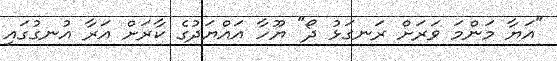
"އަޔާ މަންމަ ވަރަށް ރަނގަޅު ދޯ" ޔޫހާ އައްޔަދުގެ ކާރަށް އަރާ އުނގުގައި